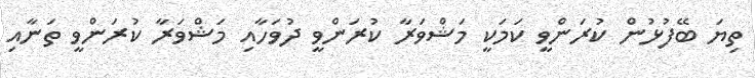
ތިޔަ ބޭފުޅުން ކުރަންވީ ކަމަކީ މަޝްވަރާ ކުރަންވީ ދުވަހާއި މަޝްވަރާ ކުރަންވީ ތަނާއި